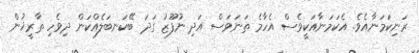
ރަނިކަމަނާއެވެ. އެކަމަނާއަކީވެސް އެހާމެ ތަނަވަސް އަދި ނުފޫޒު ގަދަ ބޭކަނބަލެއްކަން ދިވެހި ތާރީޚުން